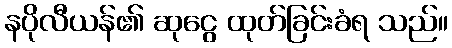
နပိုလီယန်၏ ဆုငွေ ထုတ်ခြင်းခံရ သည်။